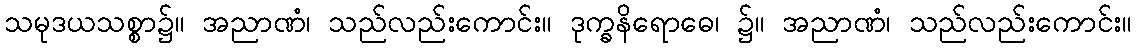
သမုဒယသစ္စာ၌။ အညာဏံ၊ သည်လည်းကောင်း။ ဒုက္ခနိရောဓေ၊ ၌။ အညာဏံ၊ သည်လည်းကောင်း။